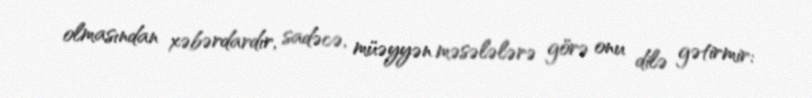
olmasından xəbərdardır, sadəcə, müəyyən məsələlərə görə onu dilə gətirmir: